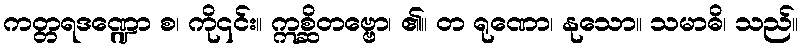
ကတ္တရဒဏ္ဍော စ၊ ကို၎င်း။ ဣစ္ဆိတဗ္ဗော၊ ၏။ တ ရုဏော၊ နုသော။ သမာဓိ၊ သည်။